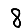
Digit: 8